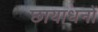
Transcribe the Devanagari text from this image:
छायाधनों